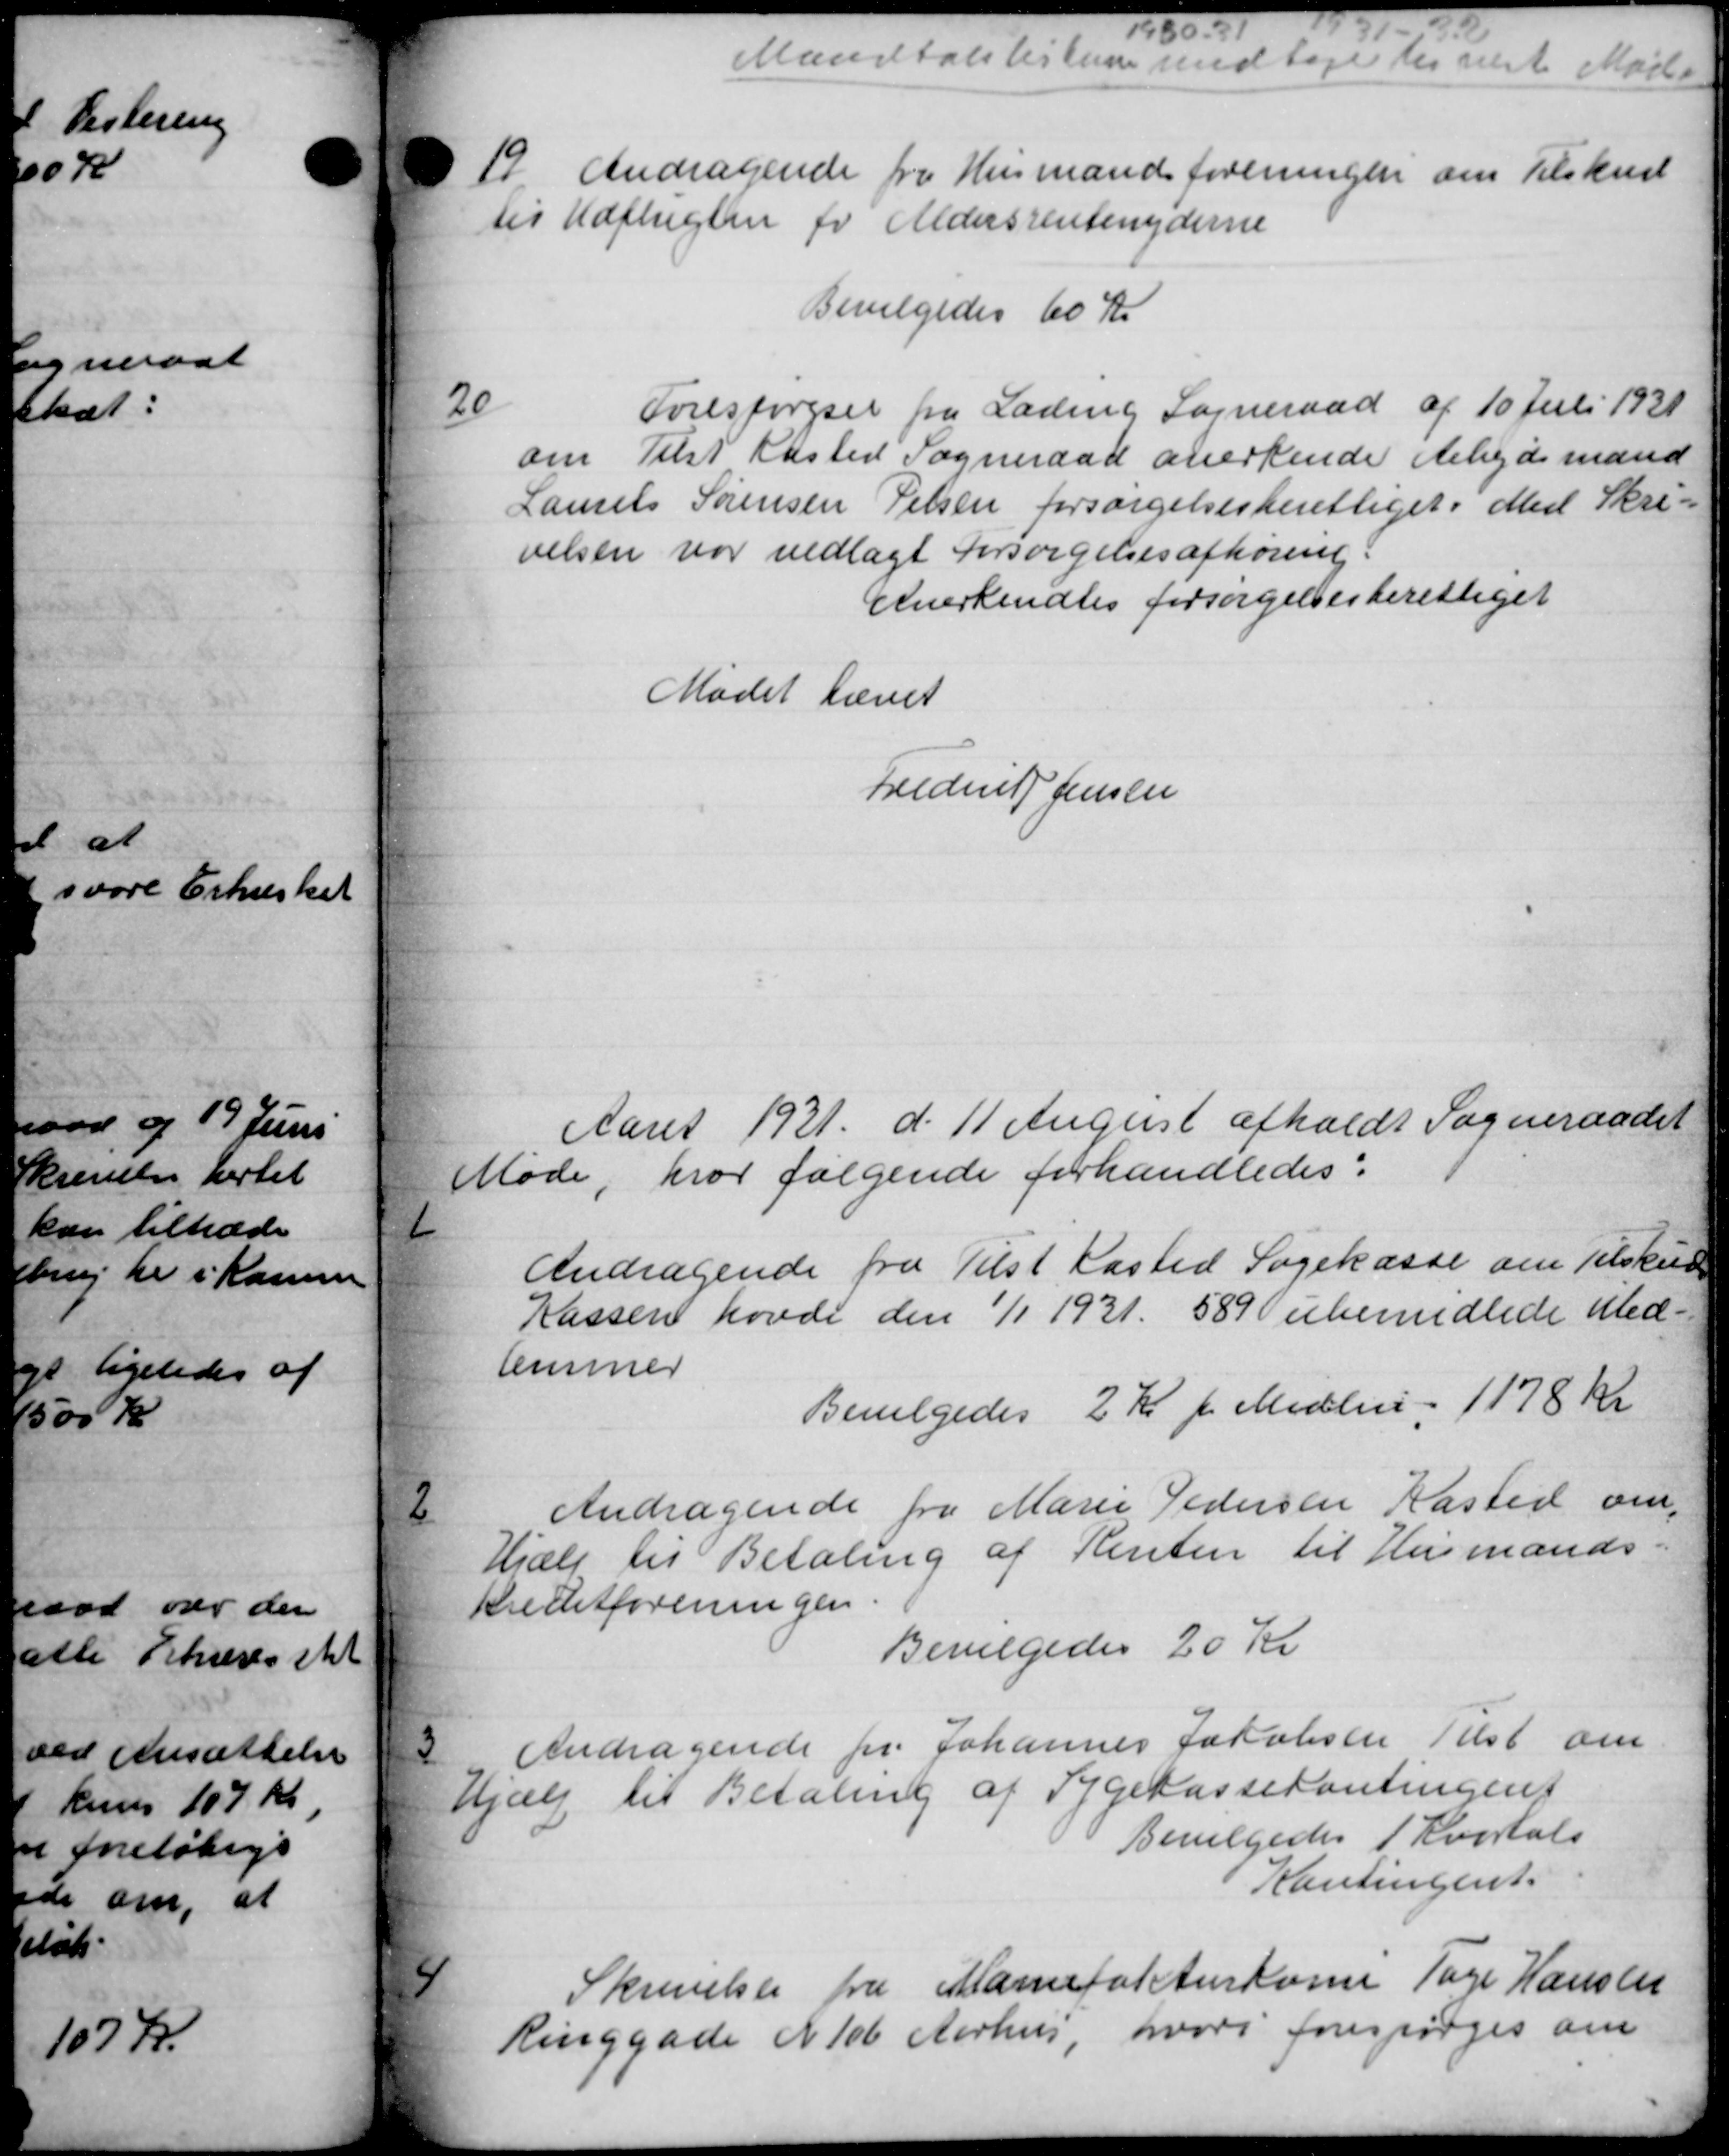
Transskription:
e

0
00

10

-
Mandtalslisten med tage der næste Mødet
19. Andragende fra Husmandsforeningen om Tilskud
til Udflugten for Aldersrentenyderne
Bevilgedes 60 Kr
20
Forespørgsel fra Lading Sogneraad af 10 Juli 1931
om Tilst Rasted Sogneraad anerkende Arbejdsmand
Laurits Sørensen Pelsen forsørgelsesberettiget i Med Skri-
velsen var vedlagt Forsørgelsesafhøring.
Anerkendtes forsørgelsesberettiget
Mødet hævet
Frederik Jensen
Aaret 1921 d. 11 August afholdt Sogneraadet
Møde, hvor følgende forhandledes:

Andragende fra Tilst Kasted Sogekasse om Tilskud
Kassen havde den 1/1 1931. 589 ubemidlede Med-
lemmer
Bevilgedes 2 Kr pr Medlem 1178 Kr

Andragende fra Marie Pedersen Kasted om,
Hjælp til Betaling af Renten til Husmands-
Kreditforeningen
Bevilgedes 20 Kr

Andragende pr. Johannes Jakobsen Tilst om
Hjælp til Betaling af Sygekassekontingent
Bevilgedes 1 Kvartals
Kontingent.

Skrivelse fra Marinefat Anskoms Tage Hanseen
Ringgade № 106 Aarhus, hvori forespørges om